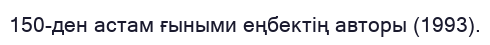
150-ден астам ғыными еңбектің авторы (1993).